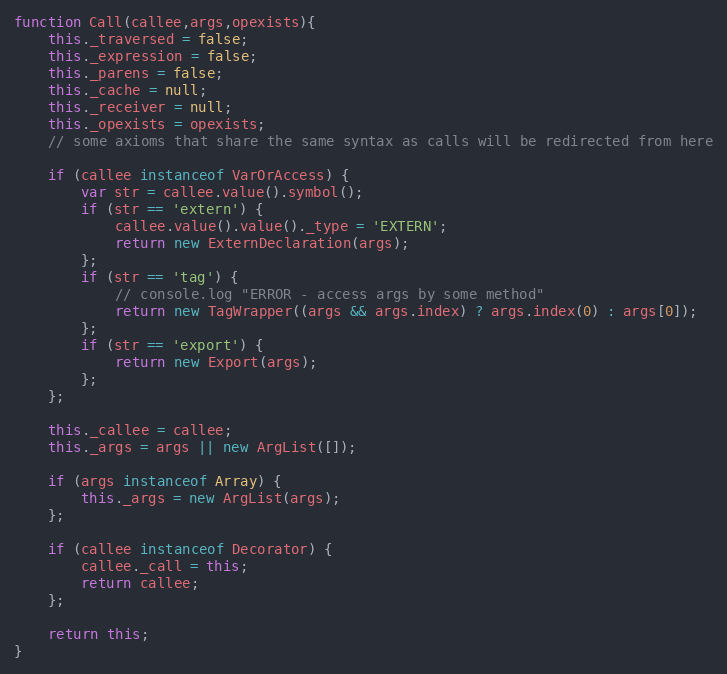
Language: JavaScript
function Call(callee,args,opexists){
	this._traversed = false;
	this._expression = false;
	this._parens = false;
	this._cache = null;
	this._receiver = null;
	this._opexists = opexists;
	// some axioms that share the same syntax as calls will be redirected from here

	if (callee instanceof VarOrAccess) {
		var str = callee.value().symbol();
		if (str == 'extern') {
			callee.value().value()._type = 'EXTERN';
			return new ExternDeclaration(args);
		};
		if (str == 'tag') {
			// console.log "ERROR - access args by some method"
			return new TagWrapper((args && args.index) ? args.index(0) : args[0]);
		};
		if (str == 'export') {
			return new Export(args);
		};
	};

	this._callee = callee;
	this._args = args || new ArgList([]);

	if (args instanceof Array) {
		this._args = new ArgList(args);
	};

	if (callee instanceof Decorator) {
		callee._call = this;
		return callee;
	};

	return this;
}